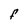
Character: F